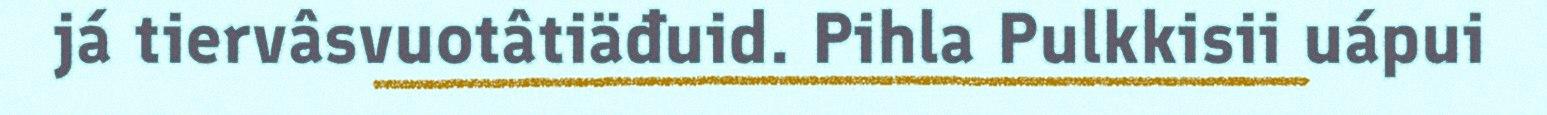
já tiervâsvuotâtiäđuid. Pihla Pulkkisii uápui